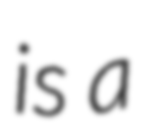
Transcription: is a